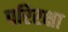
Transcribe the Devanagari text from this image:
परिरक्षा